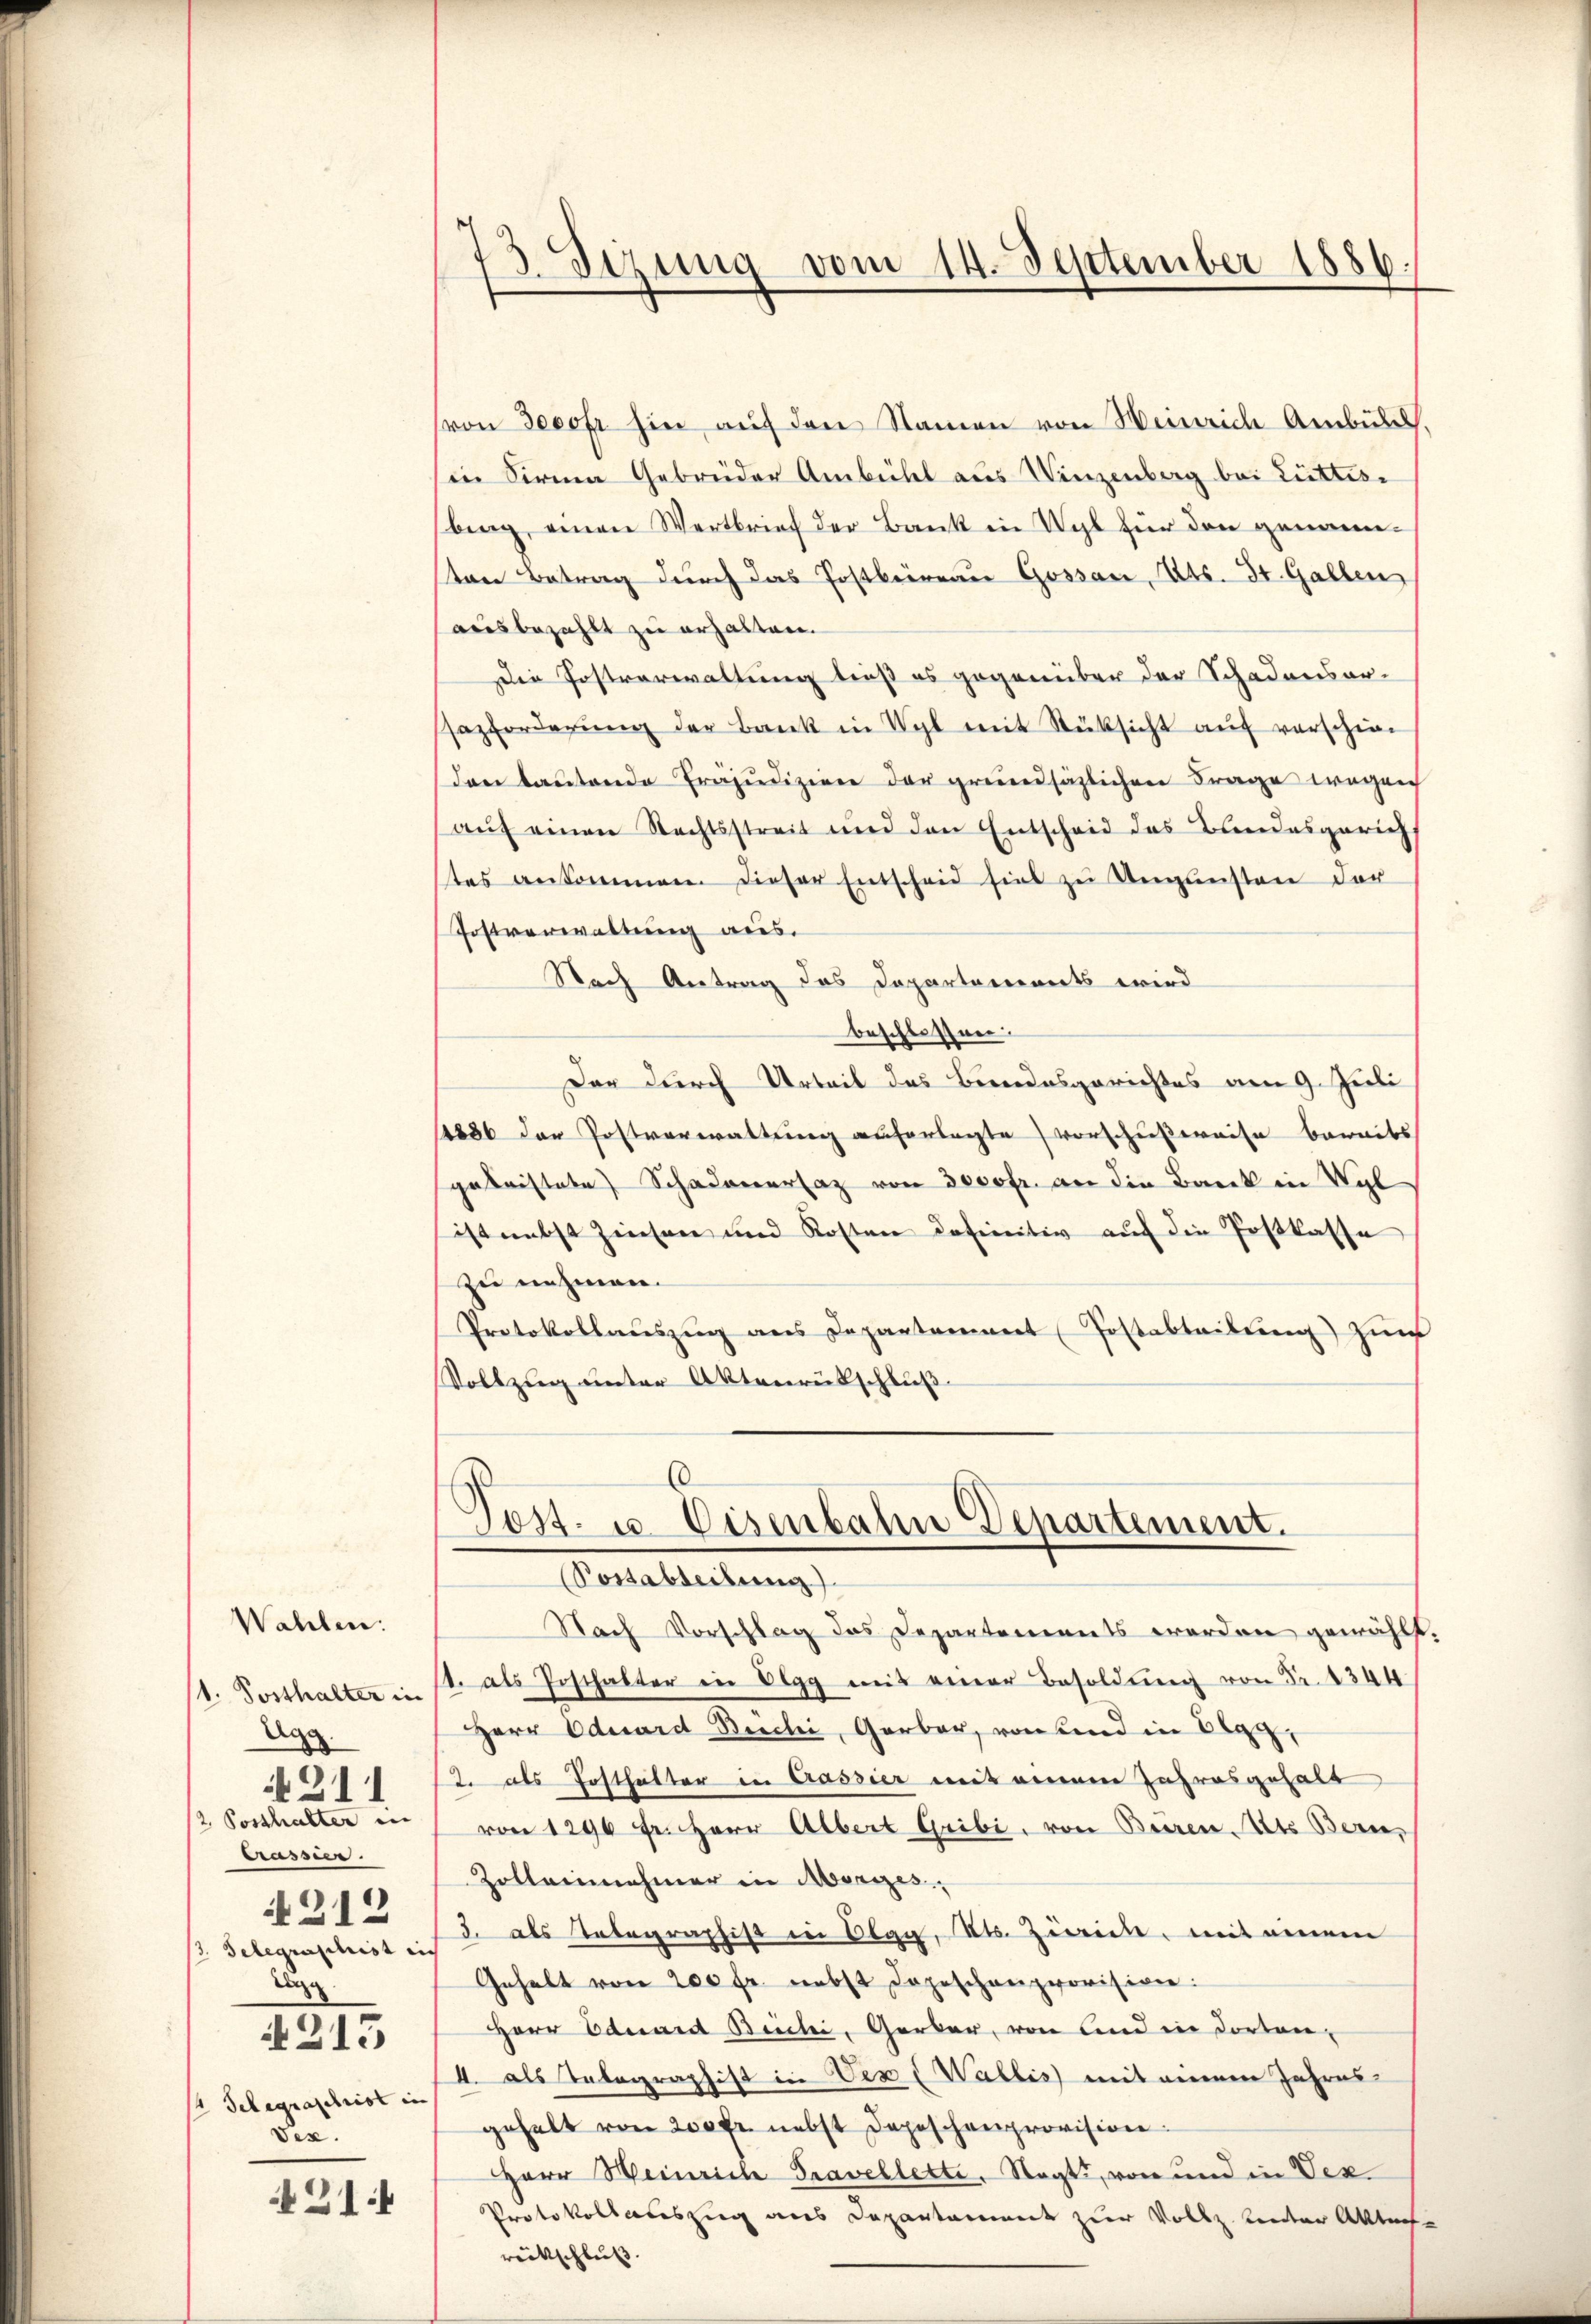
Wahlen:
1. Posthalter in
Agg
2. Posthalter in
trassen.
A 212
/3. Telegraphist in
Seg
i 213
 Telegraschrist in
Ver.

211

421.

7
Sizung vom 14. September 1886.

von Seeofr hin auf den Namen von Weinrich Ambüll,
in Firma Gebrüder Ambühl aus Winzenberg bei Lüttisi
bing, einen Wertbrief der Bank in Wyl für den genannten Betrag durch das Postbeireau Gossau, Kts. 34. Gallen
ausbezahlt zu erhalten.
Die Postverwaltung ließ es gegenüber der Schadensorsazforderŭng der Bank in Wyl mit Rüksicht auf verschie
dan baŭtende Präjudizien der greundsätzlichen Frage wegen
auf einen Rechtsstreit und den Entscheid des Bundesgerich
tes ankommen. Dieser Entscheid sie zŭ Ungünsten der
Postverwaltung aus.
Nach Antrag des Departements wird
beschlossen:
Der durch Urteil des Bundesgerichtes am 9. Juli
1886 der Postverwaltung auferlegte Vorschußreise bereits
gakristete Schadenersaz von 3000fr. an die Barck in Vyl
ist nebst Zinsen und Kosten definitiv auf die Postkasse
zu nehmen.
Protokollauszug aus Departament (Postabteilung) Zunf
Vollzug unter Aktenrütschluß
6
Post- u. Eisenbahn Departement.
Possabteilung)
Nach Vorschlag das Departements worden gewählt.
1. als Posthalter in Elgg mit einer Besoldung von Fr. 4344
Herr Eduard Büchi, Garbar, von und in Elgg,
12. als Posthalter in Cassier mit einem Jahresgehalt
von 1296 fr. Herr Albert Gribi, von Beeren Ats Bern,
Zolleinehmer in Morizes
3. als Telegraphist in Olgg, Kts. Zweide, mit einem
Gehalt von 200 fr. nebst Depeschenprovision:
Herr Eduard Büchi, Gerber, von und in dorten-
4. als Telegraphist in Ver (Wallis mit einen Jahres
gehalt von 200 Fr. nebst Depeschenprovision.
Herr Weinriche Travellette. Nagt, von und in Ver
Protokollateszug aus Departament zur Vollz. Leuter Akten
rückschluß.